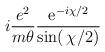
LaTeX: \begin{align*}i \frac{e^2}{m \theta} \frac{ {\rm e}^{-i\chi/2}}{\sin(\,\chi/2)}\end{align*}